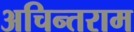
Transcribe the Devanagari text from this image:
अचिन्तराम